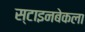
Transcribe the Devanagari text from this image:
स्टाइनबेकला